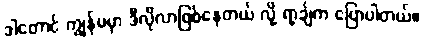
ဒါတောင် ကျွန်မမှာ ဒီလိုလာဖြစ်နေတယ် လို့ ရာ့ချ်က ပြောပါတယ်။